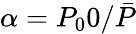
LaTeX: \alpha=P_{0}0/\bar{P}